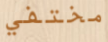
مختفي